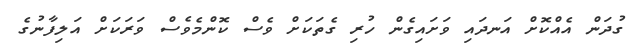
ގުދަން އެއްކޮށް އަނދައި ވަށައިގެން ހުރި ގެތަކަށް ވެސް ކޮންމެވެސް ވަރަކަށް އަލިފާނުގެ